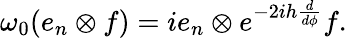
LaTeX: \omega_{0}(e_{n}\otimes f)=ie_{n}\otimes e^{-2ih\frac{d}{d\phi}}f.